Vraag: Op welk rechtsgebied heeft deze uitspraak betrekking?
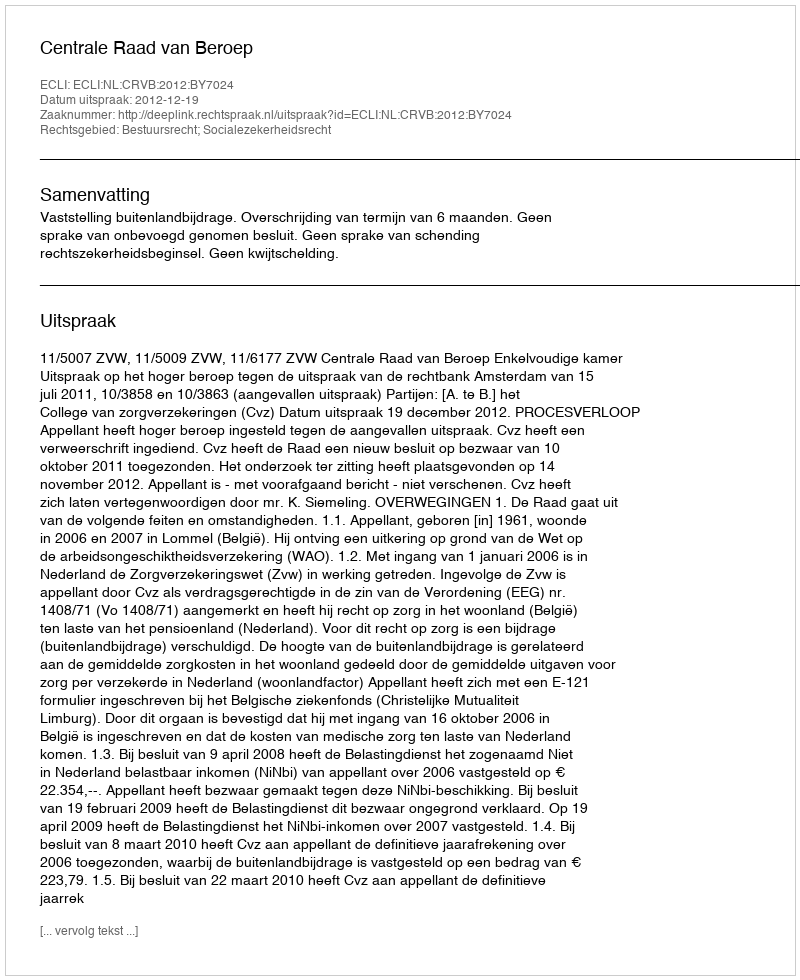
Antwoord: Bestuursrecht; Socialezekerheidsrecht